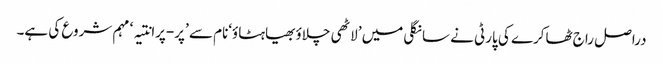
دراصل راج ٹھاکرے کی پارٹی نے سانگلی میں ’لاٹھی چلاؤبھیاہٹاؤ‘نام سے ’پر-پرانتیہ‘ مہم شروع کی ہے۔